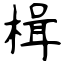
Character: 楫